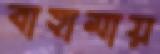
বাহামায়